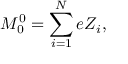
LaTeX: M _ { 0 } ^ { 0 } = \sum _ { i = 1 } ^ { N } e Z _ { i } ,